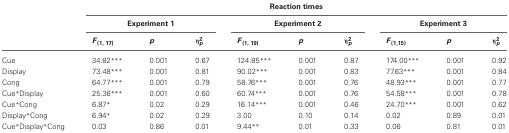
<table><thead><tr><td></td><td colspan="9"><b>Reaction times</b></td></tr><tr><td></td><td colspan="3"><b>Experiment 1</b></td><td colspan="3"><b>Experiment 2</b></td><td colspan="3"><b>Experiment 3</b></td></tr><tr><td></td><td><b><i>F</i><sub>(1, 17)</sub></b></td><td><b><i>p</i></b></td><td><b>η<sup>2</sup><sub><i>p</i></sub></b></td><td><b><i>F</i><sub>(1, 19)</sub></b></td><td><b><i>p</i></b></td><td><b>η<sup>2</sup><sub><i>p</i></sub></b></td><td><b><i>F</i><sub>(1,15)</sub></b></td><td><b><i>p</i></b></td><td><b>η<sup>2</sup><sub><i>p</i></sub></b></td></tr></thead><tbody><tr><td>Cue</td><td>34.82<sup>***</sup></td><td>0.001</td><td>0.67</td><td>124.85<sup>***</sup></td><td>0.001</td><td>0.87</td><td>174.00<sup>***</sup></td><td>0.001</td><td>0.92</td></tr><tr><td>Display</td><td>73.48<sup>***</sup></td><td>0.001</td><td>0.81</td><td>90.02<sup>***</sup></td><td>0.001</td><td>0.83</td><td>77.63<sup>***</sup></td><td>0.001</td><td>0.84</td></tr><tr><td>Cong</td><td>64.77<sup>***</sup></td><td>0.001</td><td>0.79</td><td>58.76<sup>***</sup></td><td>0.001</td><td>0.76</td><td>48.93<sup>***</sup></td><td>0.001</td><td>0.77</td></tr><tr><td>Cue<sup>*</sup>Display</td><td>25.36<sup>***</sup></td><td>0.001</td><td>0.60</td><td>60.74<sup>***</sup></td><td>0.001</td><td>0.76</td><td>54.58<sup>***</sup></td><td>0.001</td><td>0.78</td></tr><tr><td>Cue<sup>*</sup>Cong</td><td>6.87<sup>*</sup></td><td>0.02</td><td>0.29</td><td>16.14<sup>***</sup></td><td>0.001</td><td>0.46</td><td>24.70<sup>***</sup></td><td>0.001</td><td>0.62</td></tr><tr><td>Display<sup>*</sup>Cong</td><td>6.94<sup>*</sup></td><td>0.02</td><td>0.29</td><td>3.00</td><td>0.10</td><td>0.14</td><td>0.02</td><td>0.89</td><td>0.01</td></tr><tr><td>Cue<sup>*</sup>Display<sup>*</sup>Cong</td><td>0.03</td><td>0.86</td><td>0.01</td><td>9.44<sup>**</sup></td><td>0.01</td><td>0.33</td><td>0.06</td><td>0.81</td><td>0.01</td></tr></tbody></table>